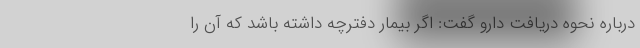
درباره نحوه دریافت دارو گفت: اگر بیمار دفترچه داشته باشد که آن را